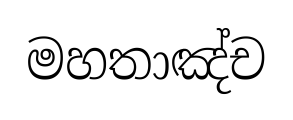
මහතාඤ්ච